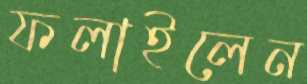
ফলাইলেন